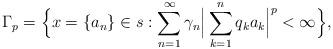
LaTeX: \begin{align*}{}\Gamma_p&= \Big\{x=\{a_n\}\in s: \displaystyle\sum_{n=1}^{\infty} \gamma_n\Big|\sum_{k=1}^{n}q_ka_k\Big|^p < \infty\Big\},\end{align*}